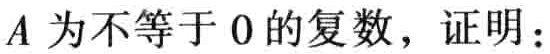
$A为不等于0的复数，证明：$